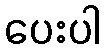
ပေးပါ